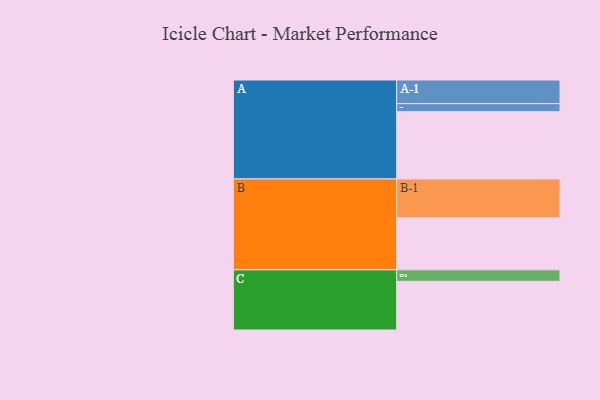
{"axis": {"x": "Segment", "y": "Value"}, "legend": ["", "A", "B", "C"], "data": [{"x": "A", "y": 449, "type": ""}, {"x": "B", "y": 347, "type": ""}, {"x": "C", "y": 325, "type": ""}, {"x": "A-1", "y": 158, "type": "A"}, {"x": "A-2", "y": 54, "type": "A"}, {"x": "B-1", "y": 260, "type": "B"}, {"x": "C-1", "y": 77, "type": "C"}]}